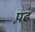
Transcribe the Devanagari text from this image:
प़ढ